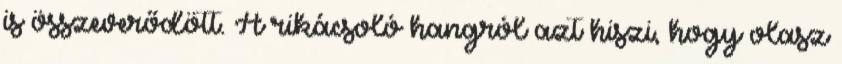
is összeverődött. A rikácsoló hangról azt hiszi, hogy olasz